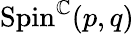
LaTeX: \mathrm{Spin}^{\mathbb{C}}(p,q)